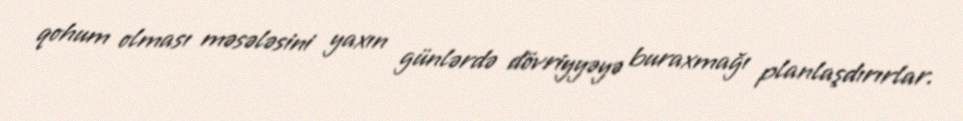
qohum olması məsələsini yaxın günlərdə dövriyyəyə buraxmağı planlaşdırırlar.